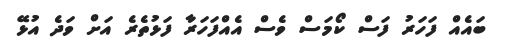
ބައެއް ފަހަރު ފަސް ކޯމަސް ވެސް އެއްފަހަރާ ފަޅުތެރެ އަށް ވަދެ އުޅޭ